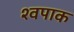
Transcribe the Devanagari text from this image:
श्वपाक